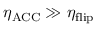
\eta _ { \mathrm { A C C } } \gg \eta _ { \mathrm { f l i p } }